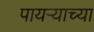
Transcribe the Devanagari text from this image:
पायऱ्याच्या